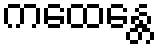
ကထေန္တေ